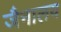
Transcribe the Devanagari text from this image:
जैनालय